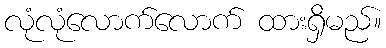
လုံလုံလောက်လောက် ထားရှိမည်။